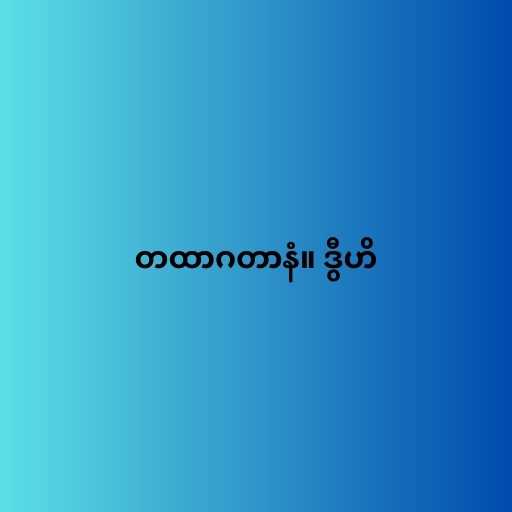
တထာဂတာနံ။ ဒွီဟိ